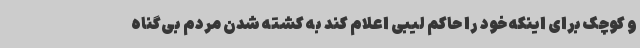
و کوچک برای اینکه خود را حاکم لیبی اعلام کند به کشته شدن مردم بی‌گناه